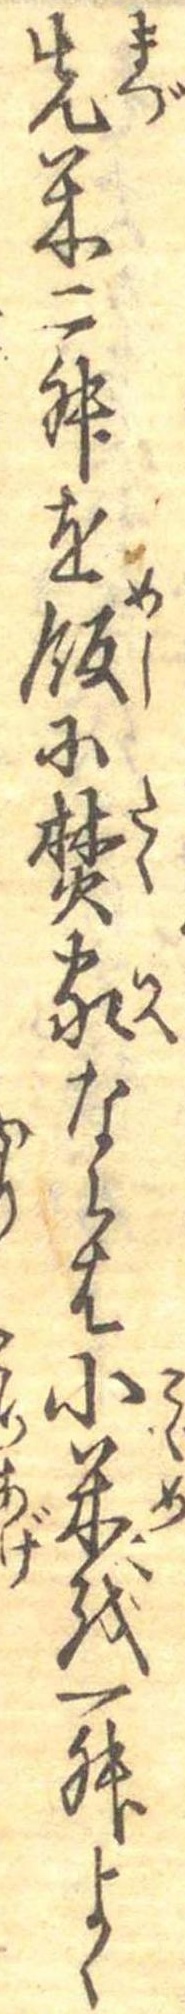
先米二舛を飯に焚家ならは小米を一舛よく